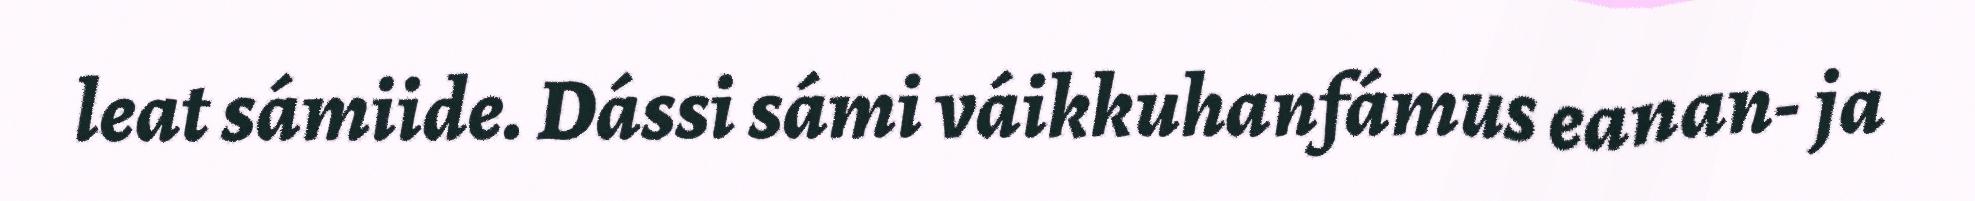
leat sámiide. Dássi sámi váikkuhanfámus eanan- ja